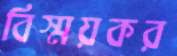
বিস্ময়কর